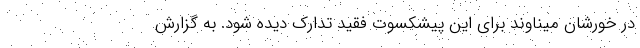
در خورشان میناوند برای این پیشکسوت فقید تدارک دیده شود. به گزارش